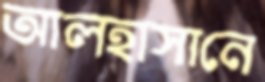
আলহাসানে